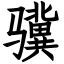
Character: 骥